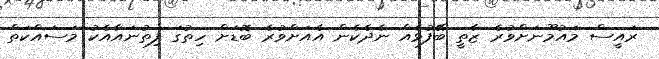
ރައީސް މައުމޫނަށްވުރެ ޒާތީ ބޭފުޅެއް ނެދެކެން އެއަށްވުރެ ބޮޑަށް ހިތުގަ ފިތުނައާއެކު މަސައްކަތް